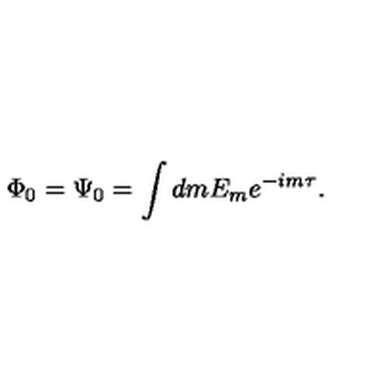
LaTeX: \Phi _ { 0 } = \Psi _ { 0 } = \int d m E _ { m } e ^ { - i m \tau } .